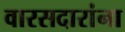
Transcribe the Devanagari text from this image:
वारसदारांना